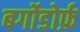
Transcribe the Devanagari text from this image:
बर्गोडोर्फ़